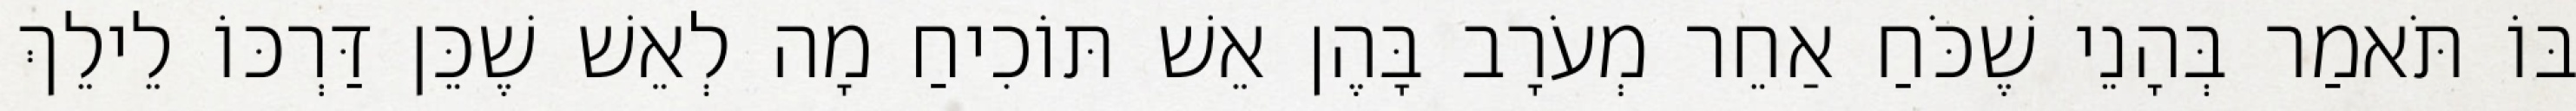
בּוֹ תֹּאמַר בְּהָנֵי שֶׁכֹּחַ אַחֵר מְעֹרָב בָּהֶן אֵשׁ תּוֹכִיחַ מָה לְאֵשׁ שֶׁכֵּן דַּרְכּוֹ לֵילֵךְ